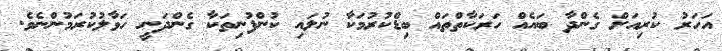
އަހަރު ކުރިއަށް ގެންދާ ބައެއް ހަރަކާތްތައް ބިޑްކުރުމަކާ ނުލައި ކުންފުނިތަކާ ގެންދަނީ ހަވާލުކުރަމުންނެވެ.